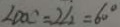
\angle D O C = 2 \angle 2 = 6 0 ^ { \circ }